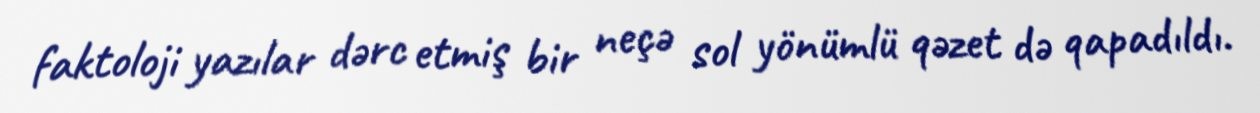
faktoloji yazılar dərc etmiş bir neçə sol yönümlü qəzet də qapadıldı.